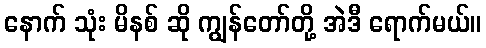
နောက် သုံး မိနစ် ဆို ကျွန်တော်တို့ အဲဒီ ရောက်မယ်။